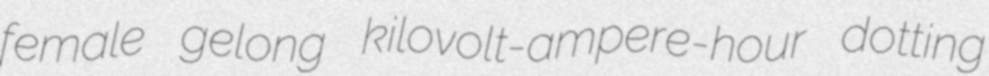
female gelong kilovolt-ampere-hour dotting